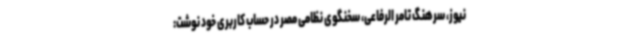
نیوز، سرهنگ تامر الرفاعی، سخنگوی نظامی مصر در حساب کاربری خود نوشت: